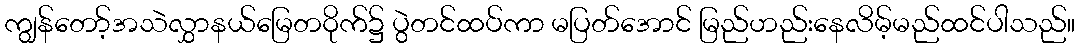
ကျွန်တော့်အသဲလွှာနယ်မြေတဝိုက်၌ ပွဲတင်ထပ်ကာ မပြတ်အောင် မြည်ဟည်းနေလိမ့်မည်ထင်ပါသည်။